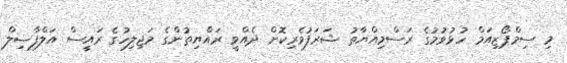
މި ސިމްޕޯޒިއަމް ހުޅުވުމުގެ ރަސްމިއްޔާތު ޝަރަފުވެރިކޮށް ދެއްވީ ރައްޔިތުންގެ މަޖިލިހުގެ ރައީސް އަލްފާޟިލް